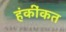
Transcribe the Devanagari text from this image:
हंकींकत